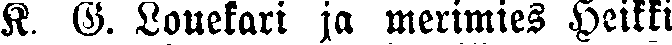
K. G. Louekari ja merimies Heikki